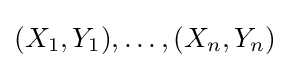
(X_{1},Y_{1}),\dots ,(X_{n},Y_{n})